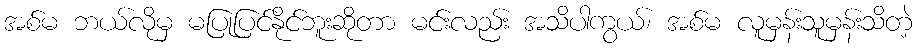
အစ်မ ဘယ်လိုမှ မပြုပြင်နိုင်ဘူးဆိုတာ မင်းလည်း အသိပါကွယ်၊ အစ်မ လူမှန်းသူမှန်းသိတဲ့